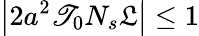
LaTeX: \left|2a^{2}\mathscr{T}_{0}N_{s}\mathfrak{{L}}\right|\leq1